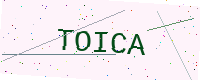
Text: TOICA